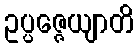
ဥပ္ပဇ္ဇေယျာတိ